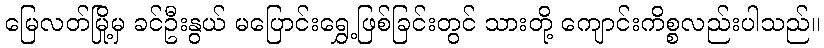
မြေလတ်မြို့မှ ခင်ဦးနွယ် မပြောင်းရွှေ့ဖြစ်ခြင်းတွင် သားတို့ ကျောင်းကိစ္စလည်းပါသည်။